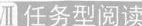
Ⅶ任务型阅读